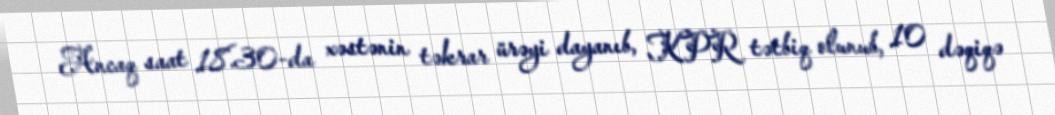
Ancaq saat 18.30-da xəstənin təkrar ürəyi dayanıb, KPR tətbiq olunub, 10 dəqiqə